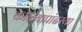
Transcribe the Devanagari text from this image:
काळ्यापांढरया